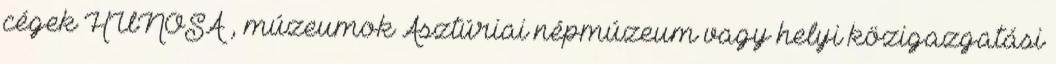
cégek HUNOSA , múzeumok Asztúriai népmúzeum vagy helyi közigazgatási